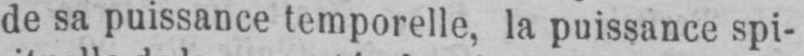
de sa puissance temporelle, la puissance spi-